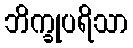
ဘိက္ခုပရိသာ